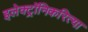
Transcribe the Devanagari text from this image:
इलेक्ट्रॉनिकरित्या